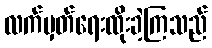
လက်မှတ်ရေးထိုးခဲ့ကြသည်